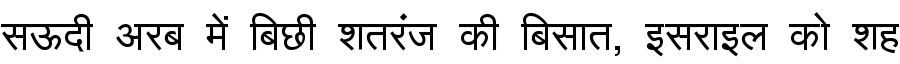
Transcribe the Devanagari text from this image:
सऊदी अरब में बिछी शतरंज की बिसात, इसराइल को शह